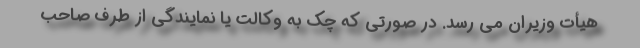
هیأت وزیران می رسد. در صورتی که چک به وکالت یا نمایندگی از طرف صاحب